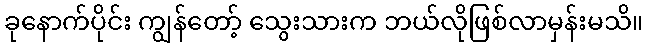
ခုနောက်ပိုင်း ကျွန်တော့် သွေးသားက ဘယ်လိုဖြစ်လာမှန်းမသိ။